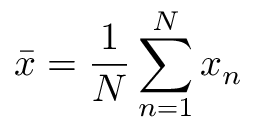
\bar { x } = \frac { 1 } { N } \sum _ { n = 1 } ^ { N } x _ { n }